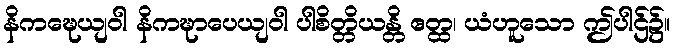
နိကဍ္ဎေယျဝါ နိကဍ္ဎာပေယျဝါ ပါစိတ္တိယန္တိ ဧတ္ထ၊ ယံဟူသော ဤပါဌ်၌။